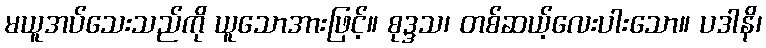
မယူအပ်သေးသည်ကို ယူသောအားဖြင့်။ စုဒ္ဒသ၊ တစ်ဆယ့်လေးပါးသော။ ပဒါနိ၊